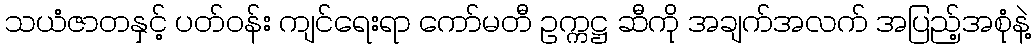
သယံဇာတနှင့် ပတ်ဝန်း ကျင်ရေးရာ ကော်မတီ ဥက္ကဋ္ဌ ဆီကို အချက်အလက် အပြည့်အစုံနဲ့